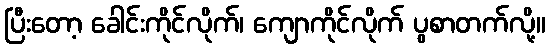
ပြီးတော့ ခေါင်းကိုင်လိုက်၊ ကျောကိုင်လိုက် ပွစာတက်လို့။